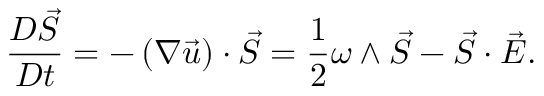
\frac { D \vec { S } } { D t } = - \left( \nabla \vec { u } \right) \cdot \vec { S } = \frac { 1 } { 2 } \boldsymbol { \omega } \wedge \vec { S } - \vec { S } \cdot \vec { E } .